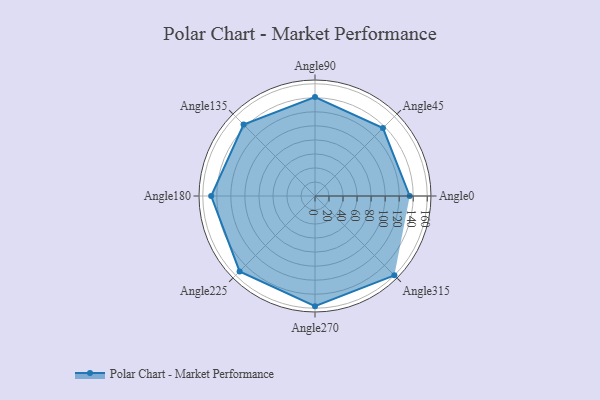
{"axis": {"x": "Angle", "y": "Radius"}, "legend": [""], "data": [{"x": "Angle0", "y": 135.0, "type": ""}, {"x": "Angle45", "y": 137.0, "type": ""}, {"x": "Angle90", "y": 141.0, "type": ""}, {"x": "Angle135", "y": 144.0, "type": ""}, {"x": "Angle180", "y": 148.0, "type": ""}, {"x": "Angle225", "y": 152.0, "type": ""}, {"x": "Angle270", "y": 157.0, "type": ""}, {"x": "Angle315", "y": 160.0, "type": ""}]}